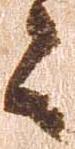
々